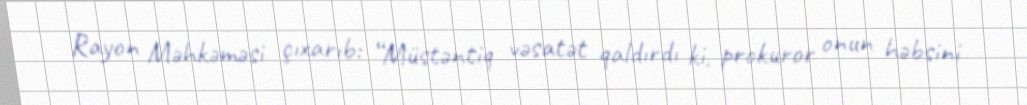
Rayon Məhkəməsi çıxarıb: “Müstəntiq vəsatət qaldırdı ki, prokuror onun həbsini